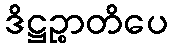
ဒိဋ္ဌဉ္စာတိပေ